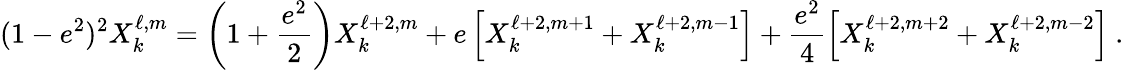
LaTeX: (1-e^{2})^{2}X_{k}^{\ell,m}=\left(1+\frac{e^{2}}{2}\right)X_{k}^{\ell+2,m}+e\left[X_{k}^{\ell+2,m+1}+X_{k}^{\ell+2,m-1}\right]+\frac{e^{2}}{4}\left[X_{k}^{\ell+2,m+2}+X_{k}^{\ell+2,m-2}\right]\ .